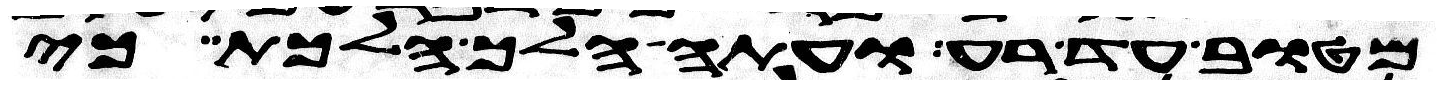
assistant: מטוב עד רע ועתה הלך הלכת כי